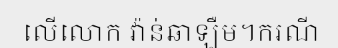
លើលោក វ៉ាន់ឆាឡឺម។ករណី